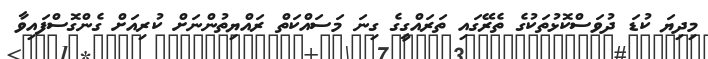
މިދިޔަ ކުޑަ ދުވަސްކޮޅުތަކުގެ ތެރޭގައި ތަރައްގީގެ ގިނަ މަސައްކަތް ރައްޔިތުންނަށް ކުރިއަށް ގެންގޮސްފައިވާ